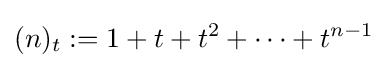
(n)_{t}:=1+t+t^{2}+\cdots +t^{n-1}